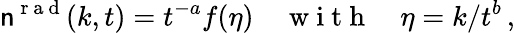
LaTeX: \mathsf{n}^{\mathrm{{~r~a~d~}}}(k,t)=t^{-a}f(\eta)\quad\mathrm{{~w~i~t~h~}}\quad\eta=k/t^{b}\, ,